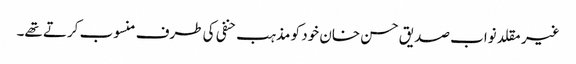
غیر مقلد نواب صدیق حسن خان خود کو مذہب حنفی کی طرف منسوب کرتے تھے۔